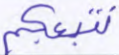
نتبعكم